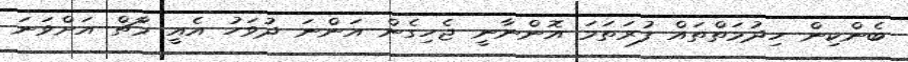
ބެންކިން ހިދުމަތްތައް ފުރަތަމަ އޮންނާނީ ޖެހިގެން އަންނަ ދުވަހު އެއީ މާޗް އަށްވަނަ